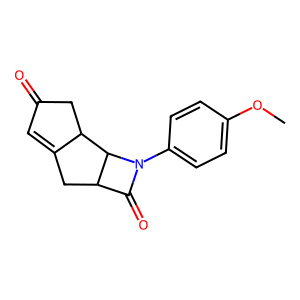
SMILES: COc1ccc(N2C(=O)C3CC4=CC(=O)CC4C32)cc1
Inhibits HIV replication: No